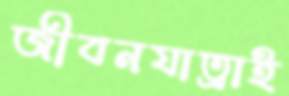
জীবনযাত্রাই